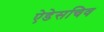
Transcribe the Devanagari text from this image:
ऐडेसचिव